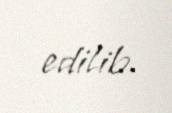
edilib.